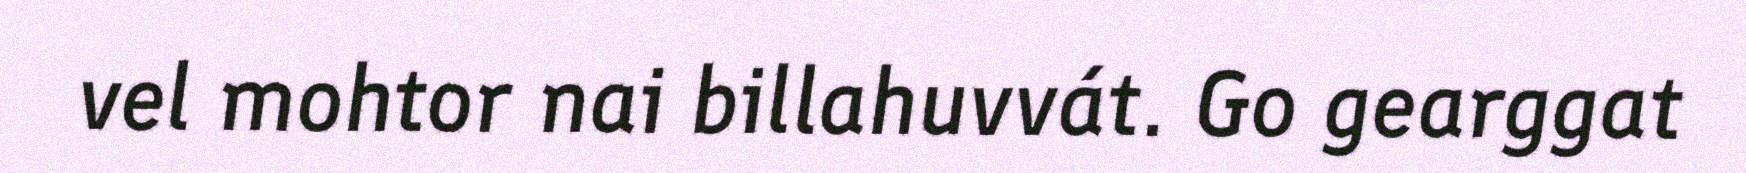
vel mohtor nai billahuvvát. Go gearggat